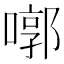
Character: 㗥